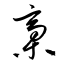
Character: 稾